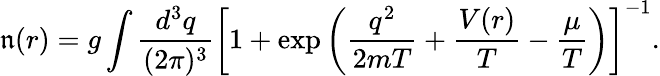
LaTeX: \mathfrak{n}(r)=g\int\frac{{d^{3}q}}{{(2\pi)^{3}}}\left[1+\exp\left(\frac{{q^{2}}}{{2mT}}+\frac{{V(r)}}{{T}}-\frac{{\mu}}{{T}}\right)\right]^{-1}.